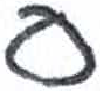
אות: ס